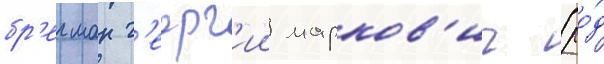
бр'егман г'еорг'ии марков'ич (ро́д